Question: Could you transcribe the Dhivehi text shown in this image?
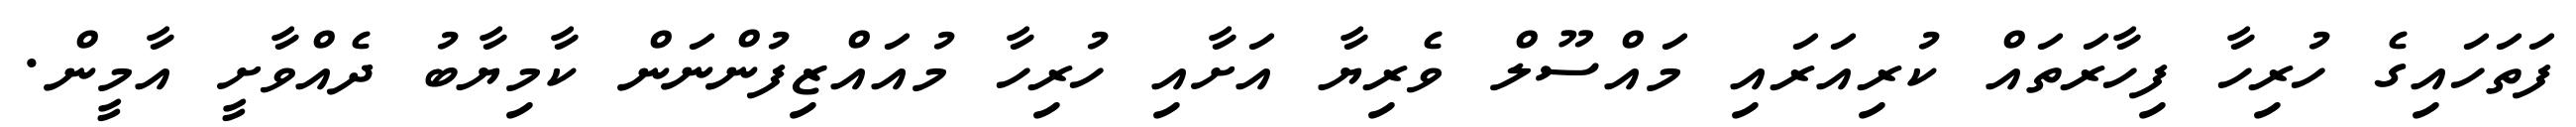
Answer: ފަތަހައިގެ ހުރިހާ ފިހާރަތައް ކުރިއަރައި މައްސޫލް ވެރިޔާ އަށާއި ހުރިހާ މުއައްޒިފުންނަން ކާމިޔާބު ދެއްވާށީ އާމީން.